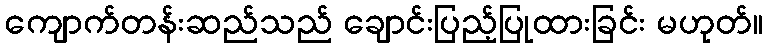
ကျောက်တန်းဆည်သည် ချောင်းပြည့်ပြုထားခြင်း မဟုတ်။